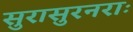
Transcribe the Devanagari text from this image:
सुरासुरनराः